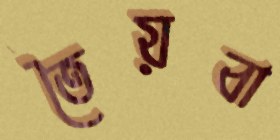
তৈয়বা